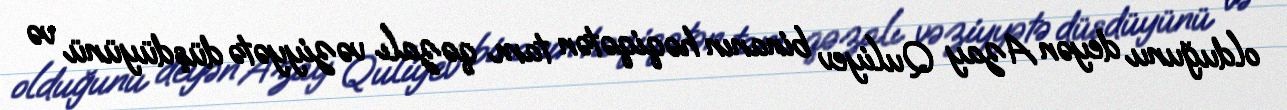
olduğunu deyən Azay Quliyev binanın həqiqətən tam qəzalı vəziyyətə düşdüyünü və